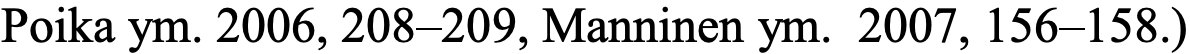
Poika ym. 2006, 208–209, Manninen ym. 2007, 156–158.)